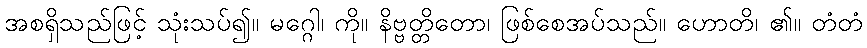
အစရှိသည်ဖြင့် သုံးသပ်၍။ မဂ္ဂေါ၊ ကို။ နိဗ္ဗတ္တိတော၊ ဖြစ်စေအပ်သည်။ ဟောတိ၊ ၏။ တံတံ